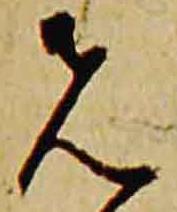
先